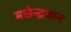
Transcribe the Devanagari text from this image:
मछेन्‍द्रथान